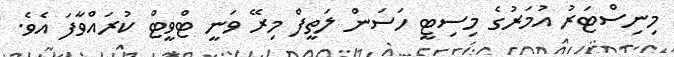
މިނިސްޓަރު އުމަރުގެ މިސިޓީ ހަސަން ލަތީފް މިރޭ ވަނީ ޓްވީޓް ކުރައްވާފަ އެވެ.